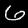
Digit: 6